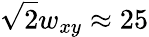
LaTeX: \sqrt{2}w_{xy}\approx 25